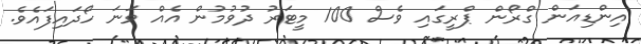
އިންޑިއަން ގްރޯން ޕްރީގައި ވެސް 100 މީޓަރު ދުވުމުން އެއް ވަނަ ހޯދައިފައެވެ.